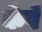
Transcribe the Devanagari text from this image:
कैपें